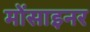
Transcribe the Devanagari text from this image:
मोंसाइनर